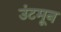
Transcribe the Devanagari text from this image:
उंटमून